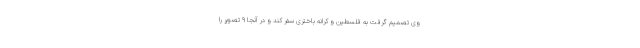
وی تصمیم گرفت به فلسطین و کرانه باختری سفر کند و در آنجا 9 تصویر را